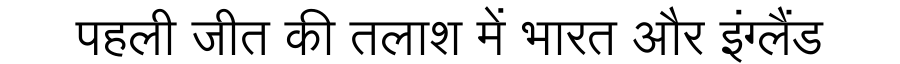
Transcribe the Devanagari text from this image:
पहली जीत की तलाश में भारत और इंग्लैंड